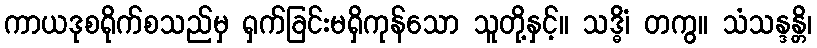
ကာယဒုစရိုက်စသည်မှ ရှက်ခြင်းမရှိကုန်သော သူတို့နှင့်။ သဒ္ဓိံ၊ တကွ။ သံသန္ဒန္တိ၊